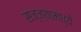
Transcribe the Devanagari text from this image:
सज्ज्यामध्ये